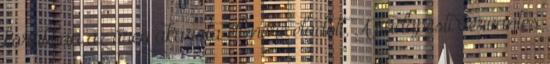
korábban az öreg akarata ellenére eladott. A budapesti Cervantes